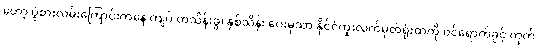
တော့ ပွဲစားလမ်းကြောင်းကနေ ကျပ် တသိန်းခွဲ၊ နှစ်သိန်း ပေးမှသာ နိုင်ငံကူးလက်မှတ်ရုံးထဲကို ဝင်ရောက်ခွင့် ကုတ်